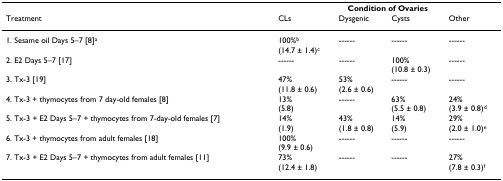
<table><thead><tr><td></td><td colspan="4"><b>Condition of Ovaries</b></td></tr><tr><td><b>Treatment</b></td><td><b>CLs</b></td><td><b>Dysgenic</b></td><td><b>Cysts</b></td><td><b>Other</b></td></tr></thead><tbody><tr><td>1. Sesame oil Days 5–7 [8]<sup>a</sup></td><td>100%<sup>b</sup>(14.7 ± 1.4)<sup>c</sup></td><td>------</td><td>------</td><td>------</td></tr><tr><td>2. E2 Days 5–7 [17]</td><td>------</td><td>------</td><td>100%(10.8 ± 0.3)</td><td>------</td></tr><tr><td>3. Tx-3 [19]</td><td>47%(11.8 ± 0.6)</td><td>53%(2.6 ± 0.6)</td><td>------</td><td>------</td></tr><tr><td>4. Tx-3 + thymocytes from 7 day-old females [8]</td><td>13%(5.8)</td><td>------</td><td>63%(5.5 ± 0.8)</td><td>24%(3.9 ± 0.8)<sup>d</sup></td></tr><tr><td>5. Tx-3 + E2 Days 5–7 + thymocytes from 7-day-old females [7]</td><td>14%(1.9)</td><td>43%(1.8 ± 0.8)</td><td>14%(5.9)</td><td>29%(2.0 ± 1.0)<sup>e</sup></td></tr><tr><td>6. Tx-3 + thymocytes from adult females [18]</td><td>100%(9.9 ± 0.6)</td><td>------</td><td>------</td><td>------</td></tr><tr><td>7. Tx-3 + E2 Days 5–7 + thymocytes from adult females [11]</td><td>73%(12.4 ± 1.8)</td><td>------</td><td>------</td><td>27%(7.8 ± 0.3)<sup>f</sup></td></tr></tbody></table>